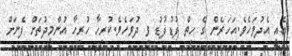
ޢެއީ އެދުވަހެވެ.އަހަރެން ގެ ހިތް ފުޑުފުޑު ވި ދުވަހެވެ.ކުރިހާ ހުރިހާ އުންމީދުތަށް ފެނަށް